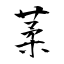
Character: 葇